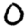
Digit: 0